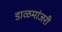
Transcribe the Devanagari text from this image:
डाळमांजरी